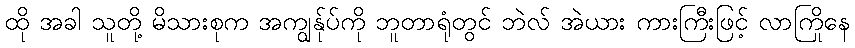
ထို အခါ သူတို့ မိသားစုက အကျွန်ုပ်ကို ဘူတာရုံတွင် ဘဲလ် အဲယား ကားကြီးဖြင့် လာကြိုနေ